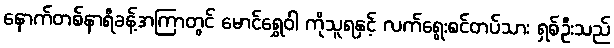
နောက်တစ်နာရီခန့်အကြာတွင် မောင်ရွှေဝါ ကိုသူရနှင့် လက်ရွေးစင်တပ်သား ရှစ်ဦးသည်